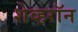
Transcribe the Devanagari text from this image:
शेव्हरॉन